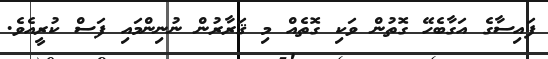
ފައިސާގެ އަގާބެހޭ ގޮތުން ވަކި ގޮތެއް މި ޤަރާރުން ނުނިންމައި ފަސް ކުރީއެވެ.